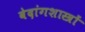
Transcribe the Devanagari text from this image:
वेदांगशास्त्रों